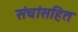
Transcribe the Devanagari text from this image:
संघांसहित